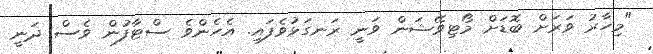
"މިހާރު ވަރަށް ބޮޑަށް މޯޓިވޭޝަން ވަނީ ރަނގަޅުވެފައި. އެހެންވެ ސްޓާފުން ވެސް ދަނީ